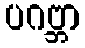
ပဂဗ္ဘာ